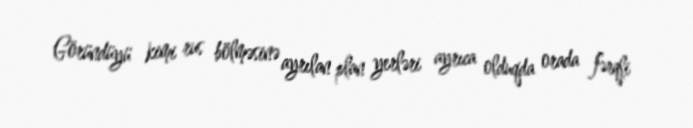
Göründüyü kimi rus bölməsinə ayrılan plan yerləri ayrıca olduqda orada fərqli